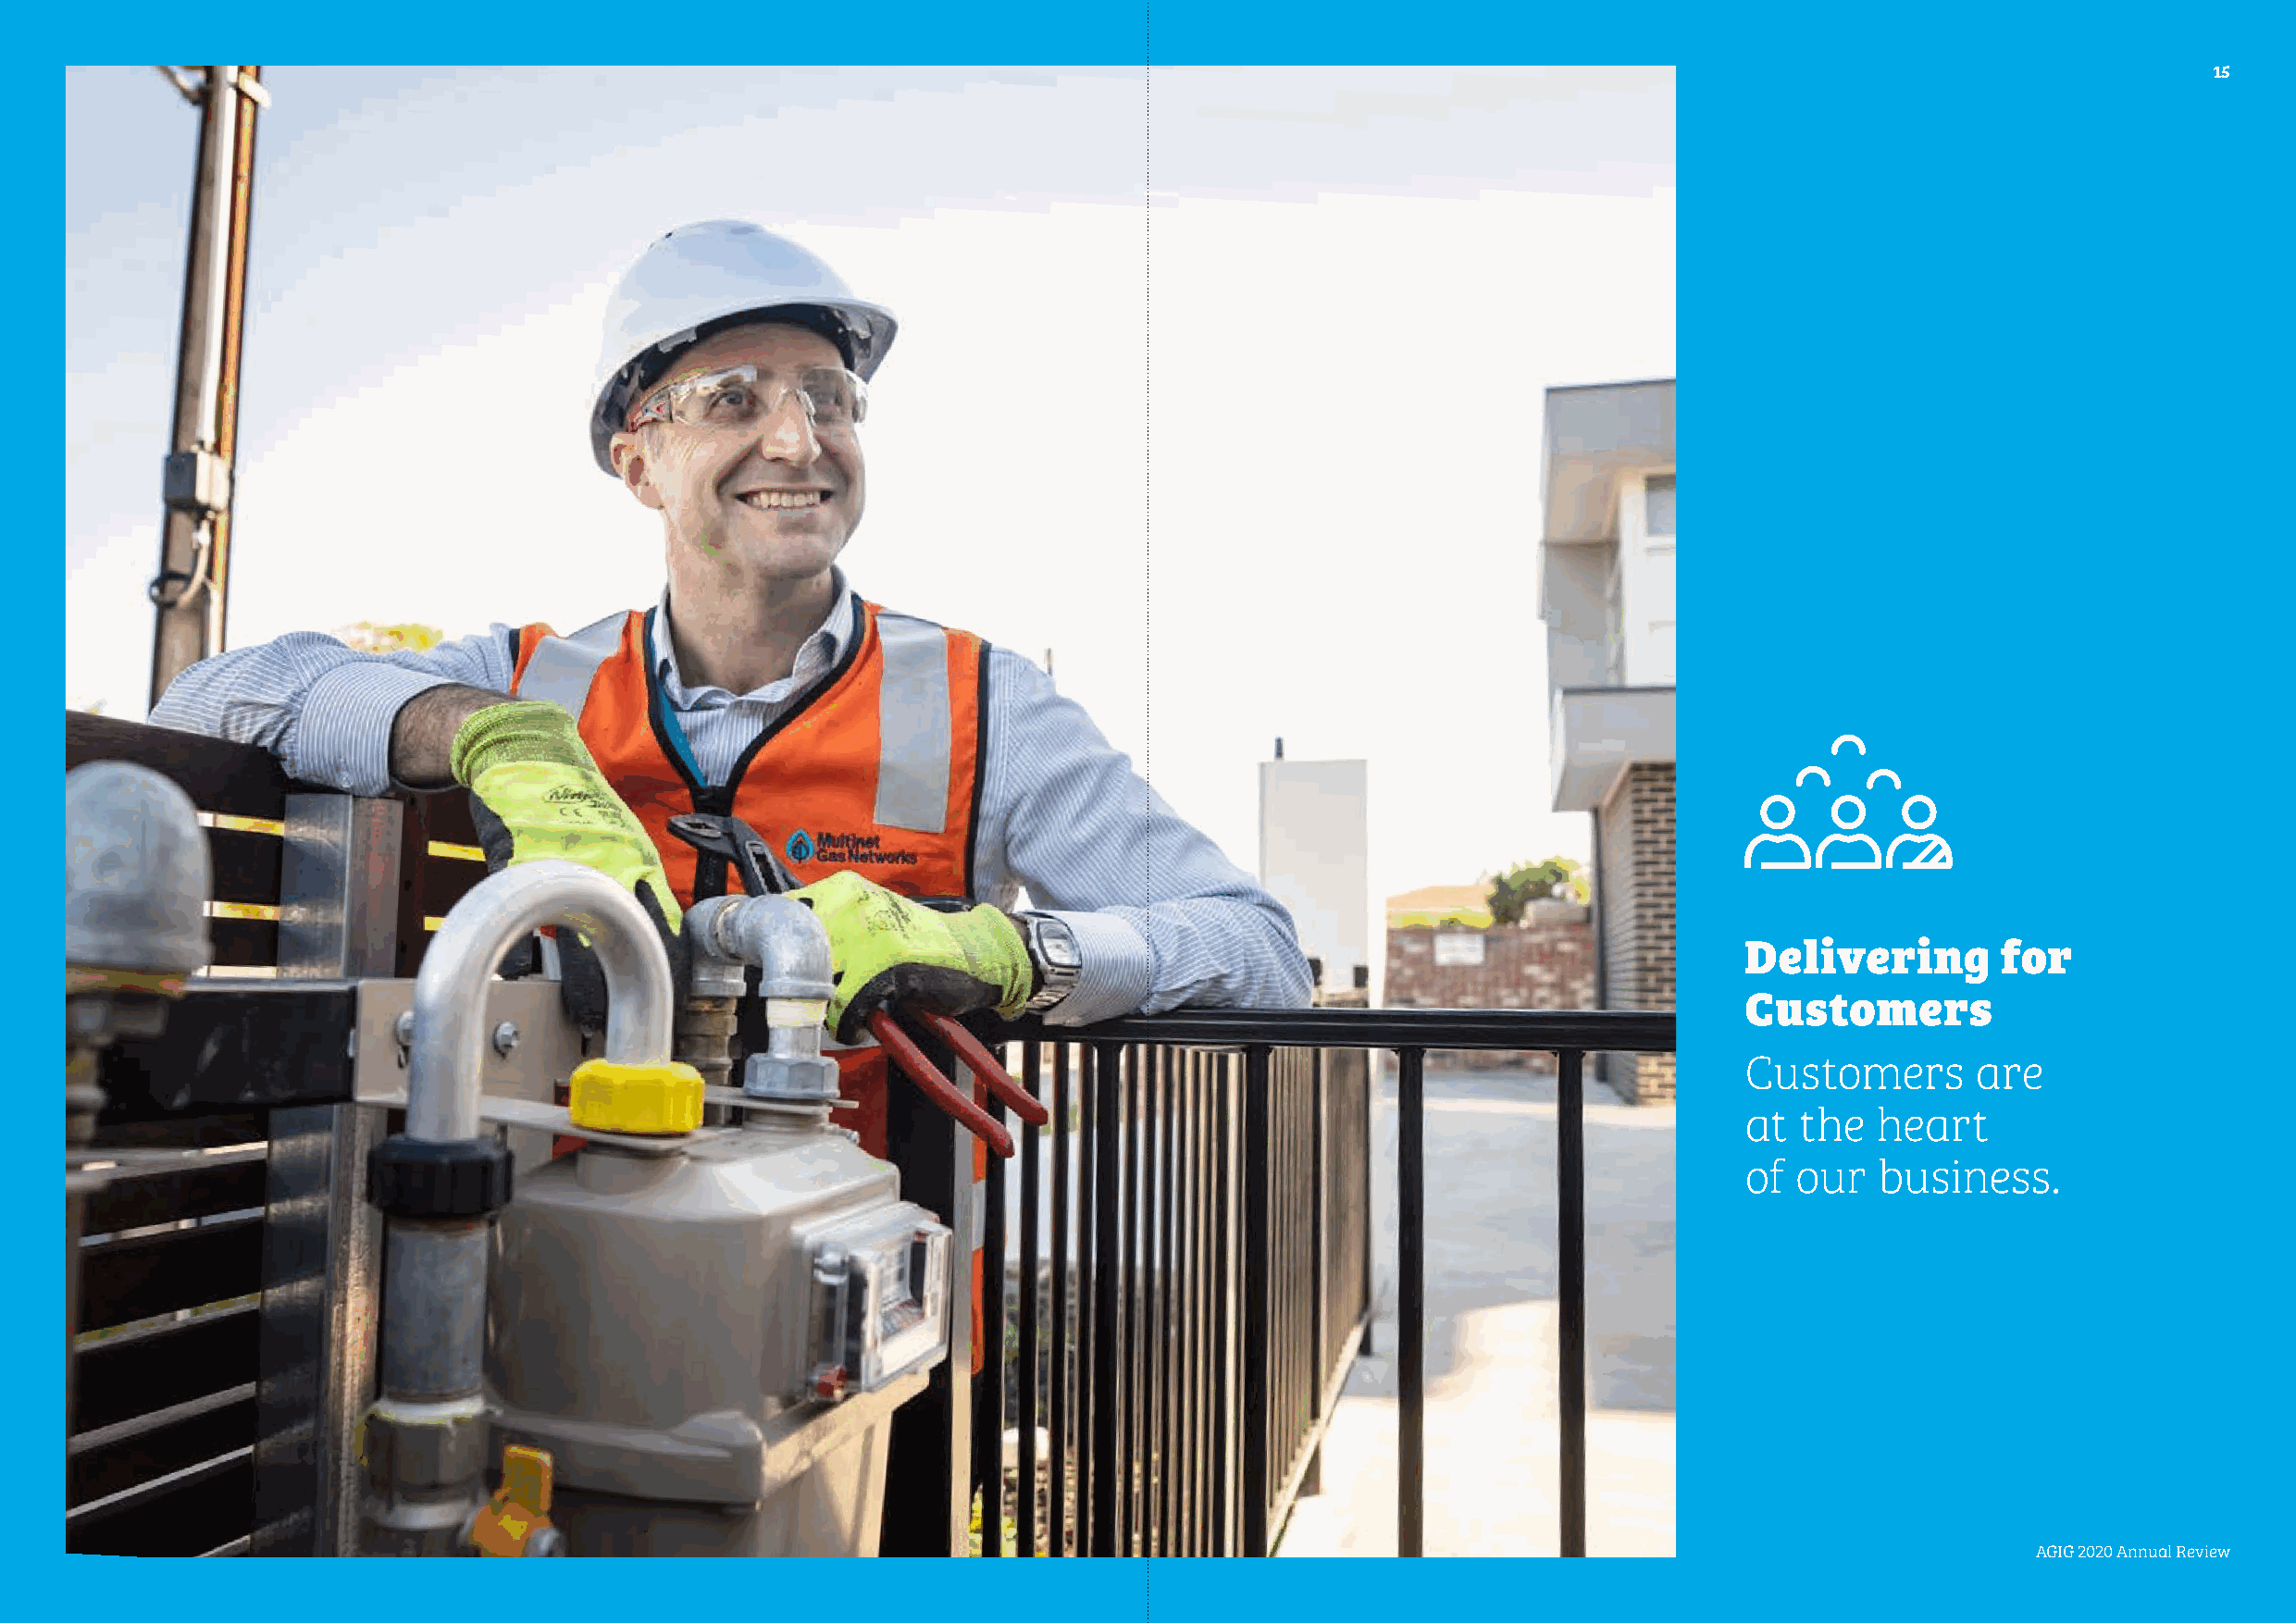
15
 Delivering        for
 Customers
 Customers       are
 at  the  heart
 of our   business.
 AAGGIIGG 22002200 AAnnnnuuaall RReevviieeww